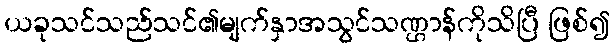
ယခုသင်သည်သင်၏မျက်နှာအသွင်သဏ္ဌာန်ကိုသိပြီ ဖြစ်၍